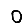
Digit: 0